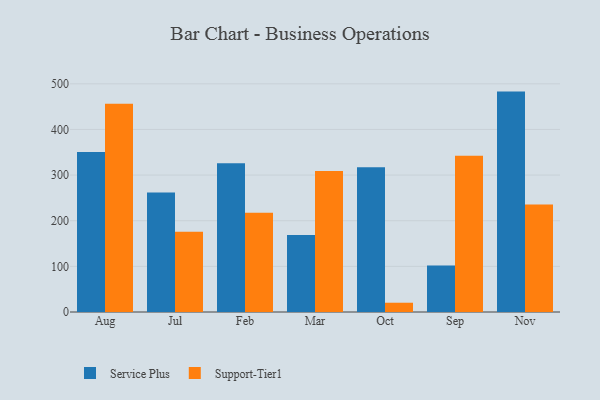
{"axis": {"x": "Month", "y": "Customer Acquisition Cost (USD)"}, "legend": ["Service Plus", "Support-Tier1"], "data": [{"x": "Aug", "y": 350.8, "type": "Service Plus"}, {"x": "Aug", "y": 456.5, "type": "Support-Tier1"}, {"x": "Jul", "y": 261.8, "type": "Service Plus"}, {"x": "Jul", "y": 175.9, "type": "Support-Tier1"}, {"x": "Feb", "y": 326.0, "type": "Service Plus"}, {"x": "Feb", "y": 217.2, "type": "Support-Tier1"}, {"x": "Mar", "y": 168.8, "type": "Service Plus"}, {"x": "Mar", "y": 309.1, "type": "Support-Tier1"}, {"x": "Oct", "y": 317.1, "type": "Service Plus"}, {"x": "Oct", "y": 20.3, "type": "Support-Tier1"}, {"x": "Sep", "y": 102.0, "type": "Service Plus"}, {"x": "Sep", "y": 342.5, "type": "Support-Tier1"}, {"x": "Nov", "y": 482.9, "type": "Service Plus"}, {"x": "Nov", "y": 235.3, "type": "Support-Tier1"}]}